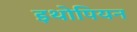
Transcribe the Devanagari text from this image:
इथोपियन